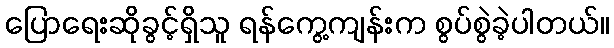
ပြောရေးဆိုခွင့်ရှိသူ ရန်ကွေ့ကျန်းက စွပ်စွဲခဲ့ပါတယ်။